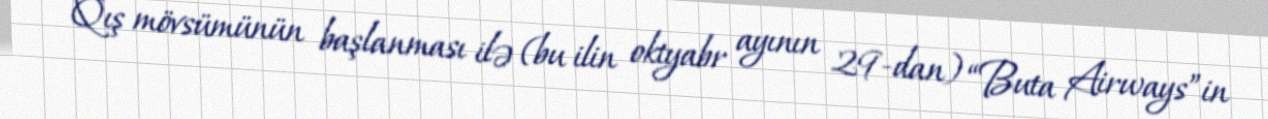
Qış mövsümünün başlanması ilə (bu ilin oktyabr ayının 29-dan) “Buta Airways”in